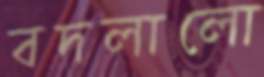
বদলালো